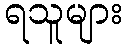
ရသူများ